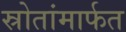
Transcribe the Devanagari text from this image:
स्रोतांमार्फत